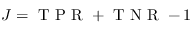
J = \mathrm { ~ T ~ P ~ R ~ } + \mathrm { ~ T ~ N ~ R ~ } - 1